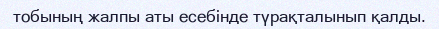
тобының жалпы аты есебінде түрақталынып қалды.